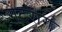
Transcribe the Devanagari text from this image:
गेटराग